Investigations into the jail dietaries of the United Provinces with some observations on the influence of dietary on the physical development and well-being of the people of the United Provinces - Number 48
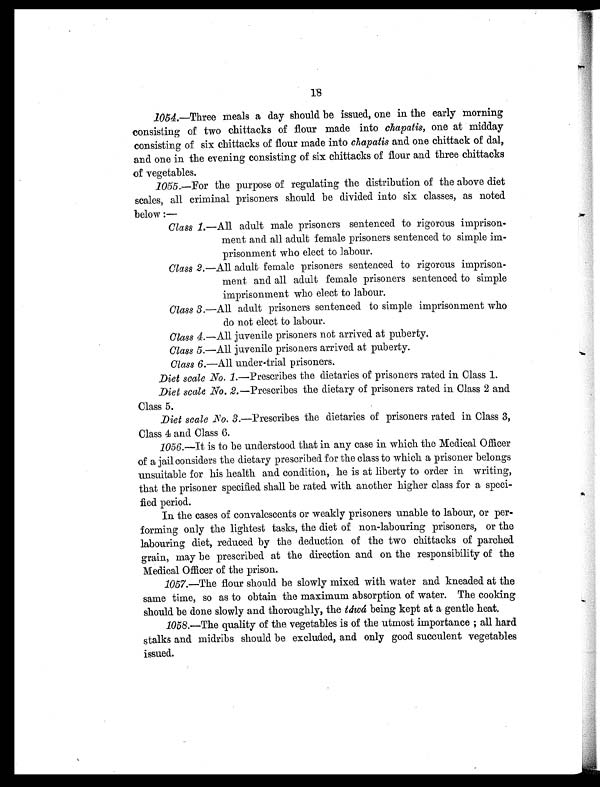
1054.—Three meals a day should be issued, one in the early morning
consisting of two chittacks of flour made into chapatis, one at midday
consisting of six chittacks of flour made into chapatis and one chittack of dal,
and one in the evening consisting of six chittacks of flour and three chittacks
of vegetables.
1055.—For the purpose of regulating the distribution of the above diet
scales, all criminal prisoners should be divided into six classes, as noted
below :-
Class 1.—All adult male prisoners sentenced to rigorous imprison-
ment and all adult female prisoners sentenced to simple im-
prisonment who elect to labour.
Class 2.—All adult female prisoners sentenced to rigorous imprison-
ment and all adult female prisoners sentenced to simple
imprisonment who elect to labour.
Class 3.—All adult prisoners sentenced to simple imprisonment who
do not elect to labour.
Class 4.—All juvenile prisoners not arrived at puberty.
Class 5.—All juvenile prisoners arrived at puberty.
Class 6.—All under-trial prisoners.
Diet scale No. 1.—Prescribes the dietaries of prisoners rated in Class 1.
Diet scale No. 2.—Prescribes the dietary of prisoners rated in Class 2 and
Class 5.
Diet scale .No. 3.—Prescribes the dietaries of prisoners rated in Class 3,
Class 4 and Class 6.
1056.—It is to be understood that in any case in which the Medical Officer
of a jail considers the dietary prescribed for the class to which a prisoner belongs
unsuitable for his health and condition, he is at liberty to order in writing,
that the prisoner specified shall be rated with another higher class for a speci-
fied period.
In the cases of convalescents or weakly prisoners unable to labour, or per-
forming only the lightest tasks, the diet of non-labouring prisoners, or the
labouring diet, reduced by the deduction of the two chittacks of parched
grain, may be prescribed at the direction and on the responsibility of the
Medical Officer of the prison.
1057.—The flour should be slowly mixed with water and kneaded at the
same time, so as to obtain the maximum absorption of water. The cooking
should be done slowly and thoroughly, the táwá being kept at a gentle heat.
1058.—The quality of the vegetables is of the utmost importance ; all hard
stalks and midribs should be excluded, and only good succulent vegetables
issued.